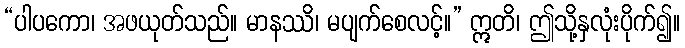
“ပါပကော၊ အဖယုတ်သည်။ မာနဿိ၊ မပျက်စေလင့်။” ဣတိ၊ ဤသို့နှလုံးပိုက်၍။